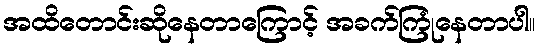
အထိတောင်းဆိုနေတာကြောင့် အခက်ကြုံနေတာပါ။